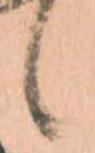
候